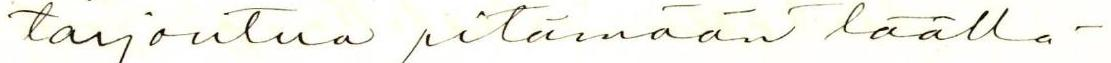
tarjoutua pitämään täällä